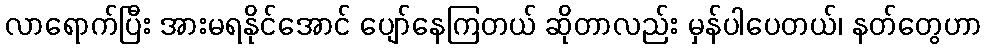
လာရောက်ပြီး အားမရနိုင်အောင် ပျော်နေကြတယ် ဆိုတာလည်း မှန်ပါပေတယ်၊ နတ်တွေဟာ